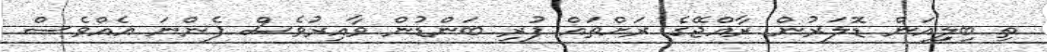
ތި ބިލިިއަން ޑޮލަރުން ރާއްޖޭގެ ރަށްތައް ފުރި ބަންޑުން ވާއިރުވެސް ފެންނަ އެއްވެސް